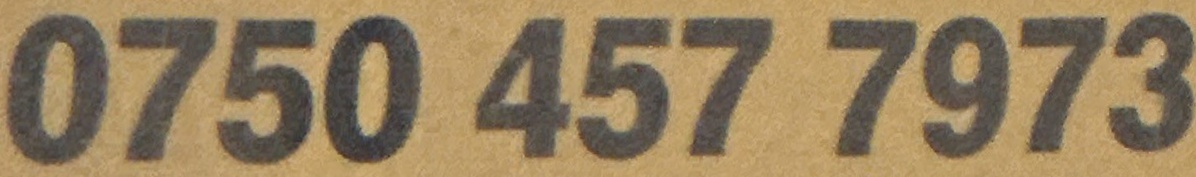
0750 457 7973